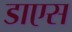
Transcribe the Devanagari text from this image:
डाएस